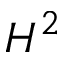
H ^ { 2 }